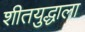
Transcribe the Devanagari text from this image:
शीतयुद्धाला